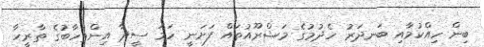
ބިން ހިއްކުމާއި ބަނދަރު ހެދުމުގެ މަޝްރޫއުތައް ފަށަނީ ހަމަ ސީދާ އިންތިހާބުގެ ތާރީހާ